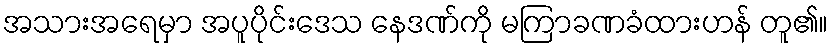
အသားအရေမှာ အပူပိုင်းဒေသ နေဒဏ်ကို မကြာခဏခံထားဟန် တူ၏။